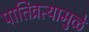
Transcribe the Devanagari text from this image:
पातिव्रत्यामुळे